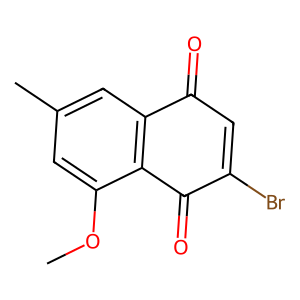
SMILES: COc1cc(C)cc2c1C(=O)C(Br)=CC2=O
Inhibits HIV replication: No